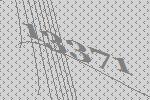
13371